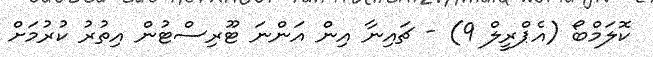
ކޮލަމްބޯ (އެޕްރީލް 9) - ޗައިނާ އިން އަންނަ ޓޫރިސްޓުން އިތުރު ކުރުމަށް